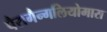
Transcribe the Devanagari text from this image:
पैरागैन्गलियोमास